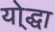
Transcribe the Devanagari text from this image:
यो्द्धा